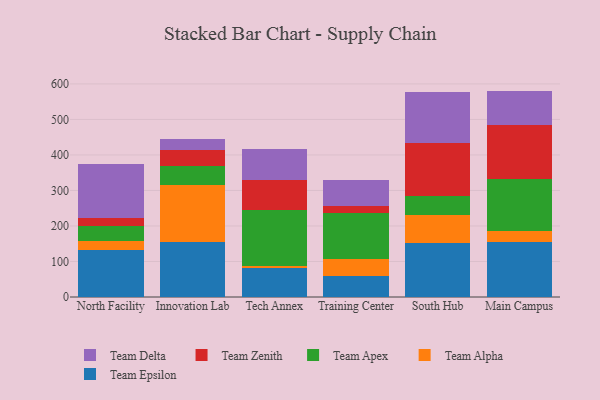
{"axis": {"x": "Campus", "y": "Customer Acquisition Cost (USD)"}, "legend": ["Team Alpha", "Team Apex", "Team Delta", "Team Epsilon", "Team Zenith"], "data": [{"x": "North Facility", "y": 131.6, "type": "Team Epsilon"}, {"x": "North Facility", "y": 26.6, "type": "Team Alpha"}, {"x": "North Facility", "y": 40.5, "type": "Team Apex"}, {"x": "North Facility", "y": 24.8, "type": "Team Zenith"}, {"x": "North Facility", "y": 150.2, "type": "Team Delta"}, {"x": "Innovation Lab", "y": 153.7, "type": "Team Epsilon"}, {"x": "Innovation Lab", "y": 161.9, "type": "Team Alpha"}, {"x": "Innovation Lab", "y": 52.4, "type": "Team Apex"}, {"x": "Innovation Lab", "y": 46.0, "type": "Team Zenith"}, {"x": "Innovation Lab", "y": 31.6, "type": "Team Delta"}, {"x": "Tech Annex", "y": 83.0, "type": "Team Epsilon"}, {"x": "Tech Annex", "y": 5.3, "type": "Team Alpha"}, {"x": "Tech Annex", "y": 156.4, "type": "Team Apex"}, {"x": "Tech Annex", "y": 84.6, "type": "Team Zenith"}, {"x": "Tech Annex", "y": 87.5, "type": "Team Delta"}, {"x": "Training Center", "y": 58.1, "type": "Team Epsilon"}, {"x": "Training Center", "y": 47.6, "type": "Team Alpha"}, {"x": "Training Center", "y": 131.3, "type": "Team Apex"}, {"x": "Training Center", "y": 20.5, "type": "Team Zenith"}, {"x": "Training Center", "y": 73.2, "type": "Team Delta"}, {"x": "South Hub", "y": 153.0, "type": "Team Epsilon"}, {"x": "South Hub", "y": 76.8, "type": "Team Alpha"}, {"x": "South Hub", "y": 54.5, "type": "Team Apex"}, {"x": "South Hub", "y": 149.5, "type": "Team Zenith"}, {"x": "South Hub", "y": 142.1, "type": "Team Delta"}, {"x": "Main Campus", "y": 155.3, "type": "Team Epsilon"}, {"x": "Main Campus", "y": 30.4, "type": "Team Alpha"}, {"x": "Main Campus", "y": 147.2, "type": "Team Apex"}, {"x": "Main Campus", "y": 150.4, "type": "Team Zenith"}, {"x": "Main Campus", "y": 97.2, "type": "Team Delta"}]}